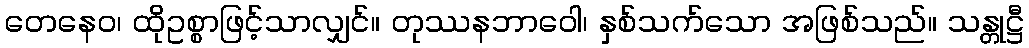
တေနေဝ၊ ထိုဥစ္စာဖြင့်သာလျှင်။ တုဿနဘာဝေါ၊ နှစ်သက်သော အဖြစ်သည်။ သန္တုဋ္ဌီ